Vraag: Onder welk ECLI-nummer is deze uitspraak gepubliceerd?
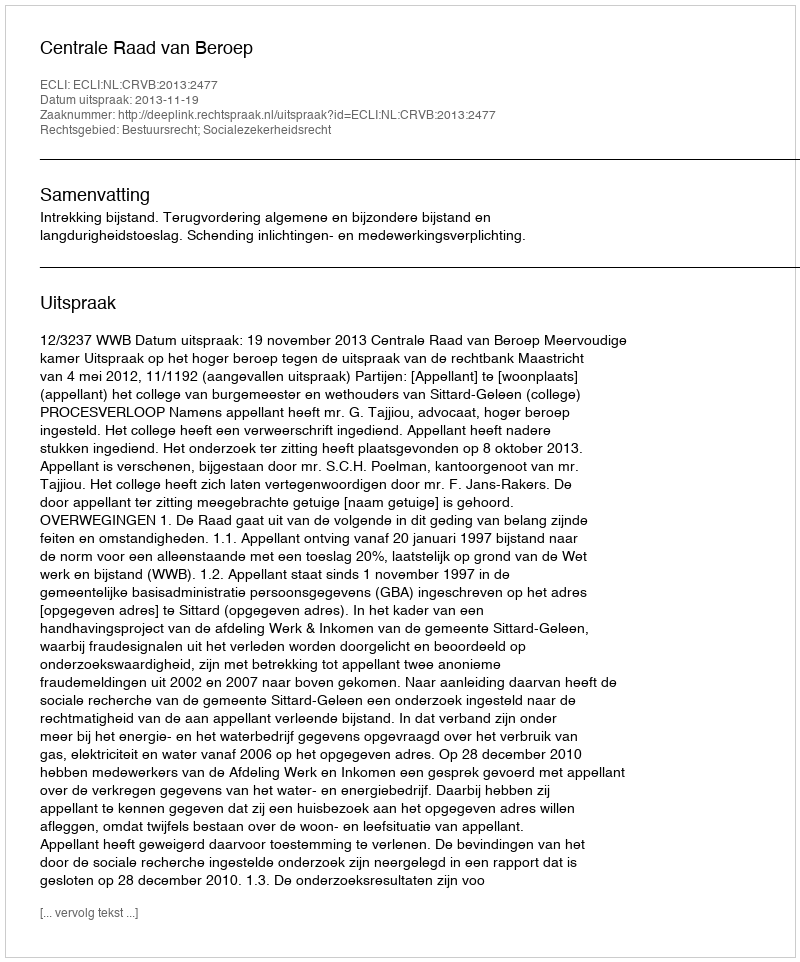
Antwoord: ECLI:NL:CRVB:2013:2477